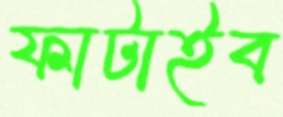
ফাটাইব